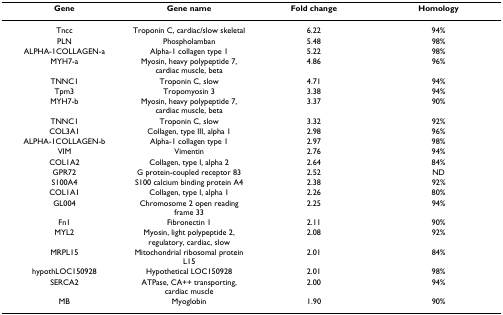
<table><thead><tr><td><b>Gene</b></td><td><b>Gene name</b></td><td><b>Fold change</b></td><td><b>Homology</b></td></tr></thead><tbody><tr><td>Tncc</td><td>Troponin C, cardiac/slow skeletal</td><td>6.22</td><td>94%</td></tr><tr><td>PLN</td><td>Phospholamban</td><td>5.48</td><td>98%</td></tr><tr><td>ALPHA-1COLLAGEN-a</td><td>Alpha-1 collagen type 1</td><td>5.22</td><td>98%</td></tr><tr><td>MYH7-a</td><td>Myosin, heavy polypeptide 7, cardiac muscle, beta</td><td>4.86</td><td>96%</td></tr><tr><td>TNNC1</td><td>Troponin C, slow</td><td>4.71</td><td>94%</td></tr><tr><td>Tpm3</td><td>Tropomyosin 3</td><td>3.38</td><td>94%</td></tr><tr><td>MYH7-b</td><td>Myosin, heavy polypeptide 7, cardiac muscle, beta</td><td>3.37</td><td>90%</td></tr><tr><td>TNNC1</td><td>Troponin C, slow</td><td>3.32</td><td>92%</td></tr><tr><td>COL3A1</td><td>Collagen, type III, alpha 1</td><td>2.98</td><td>96%</td></tr><tr><td>ALPHA-1COLLAGEN-b</td><td>Alpha-1 collagen type 1</td><td>2.97</td><td>98%</td></tr><tr><td>VIM</td><td>Vimentin</td><td>2.76</td><td>94%</td></tr><tr><td>COL1A2</td><td>Collagen, type I, alpha 2</td><td>2.64</td><td>84%</td></tr><tr><td>GPR72</td><td>G protein-coupled receptor 83</td><td>2.52</td><td>ND</td></tr><tr><td>S100A4</td><td>S100 calcium binding protein A4</td><td>2.38</td><td>92%</td></tr><tr><td>COL1A1</td><td>Collagen, type I, alpha 1</td><td>2.26</td><td>80%</td></tr><tr><td>GL004</td><td>Chromosome 2 open reading frame 33</td><td>2.25</td><td>94%</td></tr><tr><td>Fn1</td><td>Fibronectin 1</td><td>2.11</td><td>90%</td></tr><tr><td>MYL2</td><td>Myosin, light polypeptide 2, regulatory, cardiac, slow</td><td>2.08</td><td>92%</td></tr><tr><td>MRPL15</td><td>Mitochondrial ribosomal protein L15</td><td>2.01</td><td>84%</td></tr><tr><td>hypothLOC150928</td><td>Hypothetical LOC150928</td><td>2.01</td><td>98%</td></tr><tr><td>SERCA2</td><td>ATPase, CA++ transporting, cardiac muscle</td><td>2.00</td><td>94%</td></tr><tr><td>MB</td><td>Myoglobin</td><td>1.90</td><td>90%</td></tr></tbody></table>